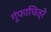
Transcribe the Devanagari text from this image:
गुंफाचित्रे